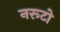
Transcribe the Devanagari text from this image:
नरूटो